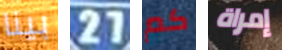
بينا 27 كم إمراة